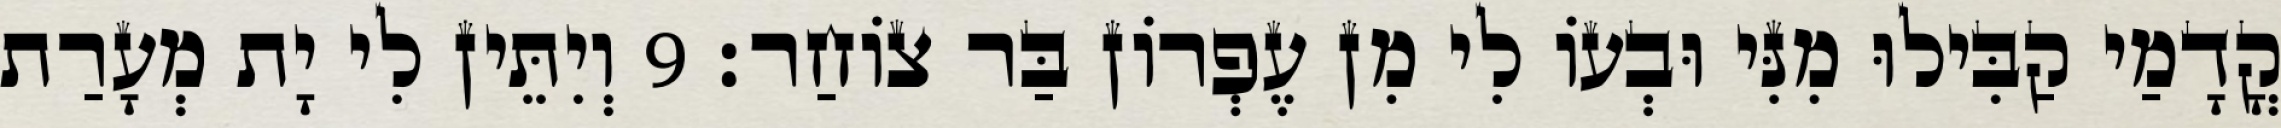
קֳדָמַי קַבִּילוּ מִנִּי וּבְעוֹ לִי מִן עֶפְרוֹן בַּר צוֹחַר׃ 9 וְיִתֵּין לִי יָת מְעָרַת